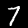
Label: 7